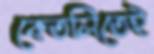
কেতলিতেই